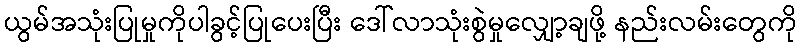
ယွမ်အသုံးပြုမှုကိုပါခွင့်ပြုပေးပြီး ဒေါ်လာသုံးစွဲမှုလျှော့ချဖို့ နည်းလမ်းတွေကို